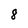
Character: 8